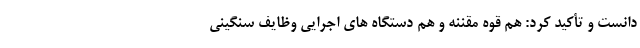
دانست و تأکید کرد: هم قوه مقننه و هم دستگاه های اجرایی وظایف سنگینی